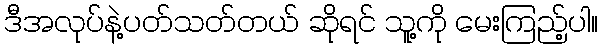
ဒီအလုပ်နဲ့ပတ်သတ်တယ် ဆိုရင် သူ့ကို မေးကြည့်ပါ။